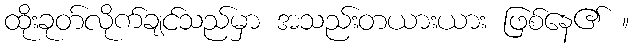
ထိုးခုတ်လိုက်ချင်သည်မှာ အသည်းတယားယား ဖြစ်နေ၏ ။